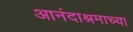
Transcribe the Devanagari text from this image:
आनंदाश्रमाच्या